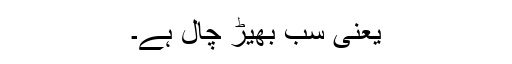
یعنی سب بھیڑ چال ہے۔